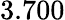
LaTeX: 3.700